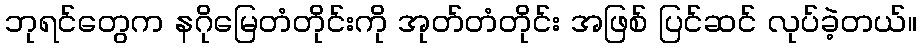
ဘုရင်တွေက နဂိုမြေတံတိုင်းကို အုတ်တံတိုင်း အဖြစ် ပြင်ဆင် လုပ်ခဲ့တယ်။